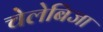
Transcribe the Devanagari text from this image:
चेलेबिजा